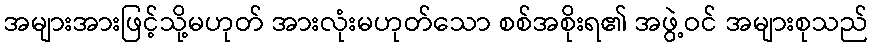
အများအားဖြင့်သို့မဟုတ် အားလုံးမဟုတ်သော စစ်အစိုးရ၏ အဖွဲ့ဝင် အများစုသည်